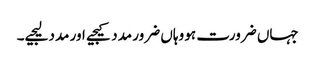
جہاں ضرورت ہو وہاں ضرور مدد کیجیے اور مدد لیجیے۔